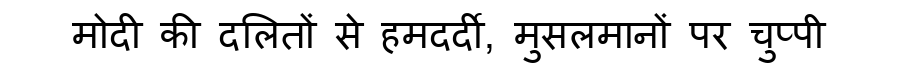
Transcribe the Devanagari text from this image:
मोदी की दलितों से हमदर्दी, मुसलमानों पर चुप्पी